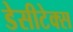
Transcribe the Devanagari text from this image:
डेसीटेक्स